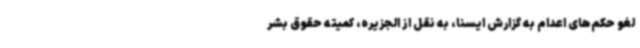
لغو حکم‌های اعدام به گزارش ایسنا، به نقل از الجزیره، کمیته حقوق بشر